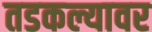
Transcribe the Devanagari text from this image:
तडकल्यावर